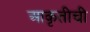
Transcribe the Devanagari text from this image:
आकृतीची